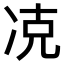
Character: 𠗌